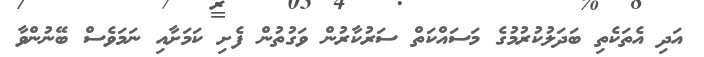
އަދި އެތަކެތި ބަދަލުކުރުމުގެ މަސައްކަތް ސަރުކާރުން ވަގުތުން ފެށި ކަމަށާއި ނަމަވެސް ބޭނުންވާ